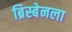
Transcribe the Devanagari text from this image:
ब्रिस्बेनला